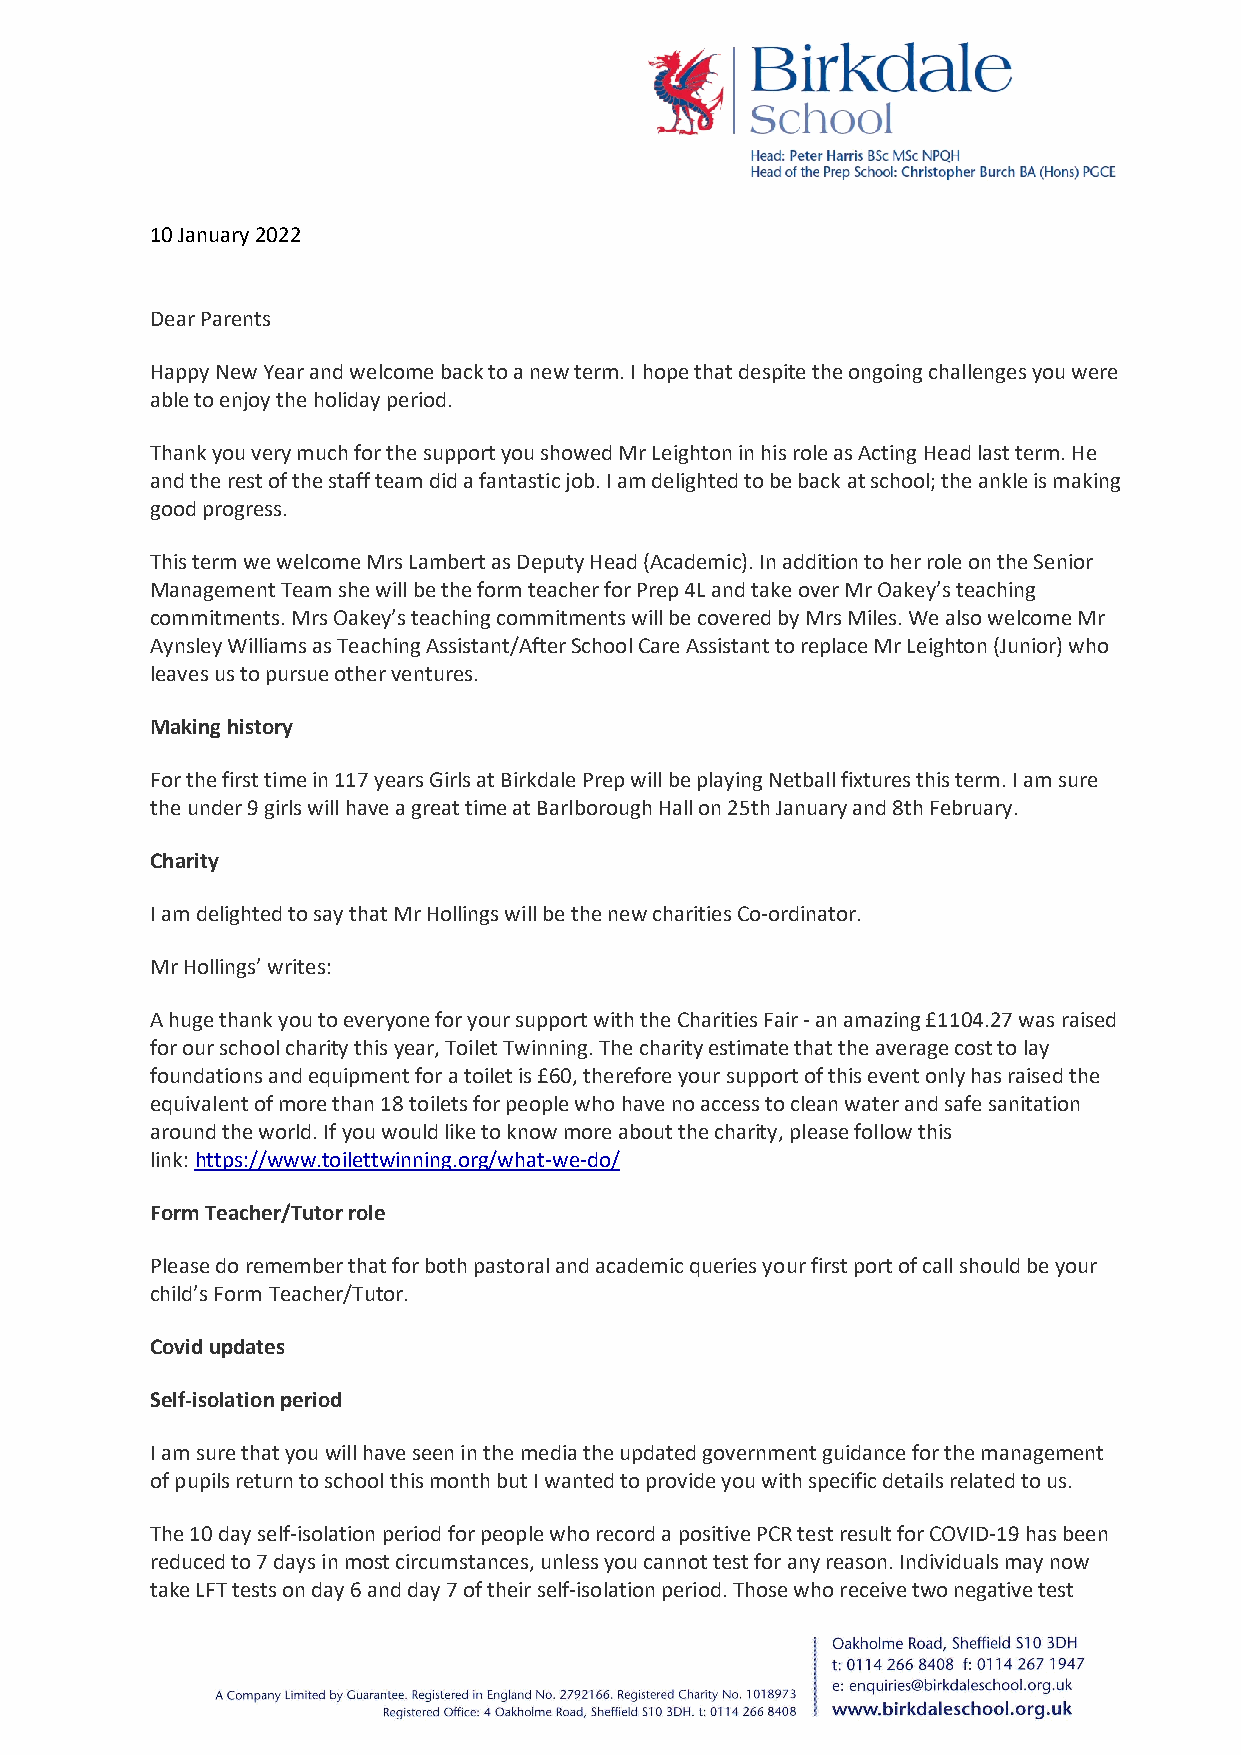
10 January 2022
 Dear Parents
 Happy New Year and welcome back to a new term. I hope that despite the ongoing challenges you were
 able to enjoy the holiday period.
 Thank you very much for the support you showed Mr Leighton in his role as Acting Head last term. He
 and the rest of the staff team did a fantastic job. I am delighted to be back at school; the ankle is making
 good progress.
 This term we welcome Mrs Lambert as Deputy Head (Academic). In addition to her role on the Senior
 Management Team she will be the form teacher for Prep 4L and take over Mr Oakey’s teaching
 commitments. Mrs Oakey’s teaching commitments will be covered by Mrs Miles. We also welcome Mr
 Aynsley Williams as Teaching Assistant/After School Care Assistant to replace Mr Leighton (Junior) who
 leaves us to pursue other ventures.
 Making history
 For the first time in 117 years Girls at Birkdale Prep will be playing Netball fixtures this term. I am sure
 the under 9 girls will have a great time at Barlborough Hall on 25th January and 8th February.
 Charity
 I am delighted to say that Mr Hollings will be the new charities Co-ordinator.
 Mr Hollings’ writes:
 A huge thank you to everyone for your support with the Charities Fair - an amazing £1104.27 was raised
 for our school charity this year, Toilet Twinning. The charity estimate that the average cost to lay
 foundations and equipment for a toilet is £60, therefore your support of this event only has raised the
 equivalent of more than 18 toilets for people who have no access to clean water and safe sanitation
 around the world. If you would like to know more about the charity, please follow this
 link: https://www.toilettwinning.org/what-we-do/
 Form Teacher/Tutor role
 Please do remember that for both pastoral and academic queries your first port of call should be your
 child’s Form Teacher/Tutor.
 Covid updates
 Self-isolation period
 I am sure that you will have seen in the media the updated government guidance for the management
 of pupils return to school this month but I wanted to provide you with specific details related to us.
 The 10 day self-isolation period for people who record a positive PCR test result for COVID-19 has been
 reduced to 7 days in most circumstances, unless you cannot test for any reason. Individuals may now
 take LFT tests on day 6 and day 7 of their self-isolation period. Those who receive two negative test